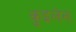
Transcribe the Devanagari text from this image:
कुइलेन